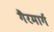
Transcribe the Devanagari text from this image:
गैरमार्ग